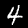
Label: 4